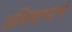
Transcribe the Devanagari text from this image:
अधिवासाचं